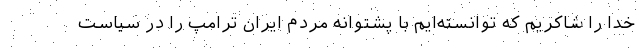
خدا را شاکریم که توانسته‌ایم با پشتوانه مردم ایران ترامپ را در سیاست